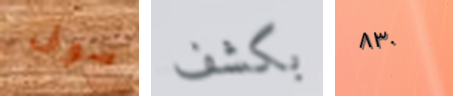
سوف بكشف ٨٣٠